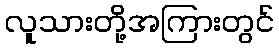
လူသားတို့အကြားတွင်